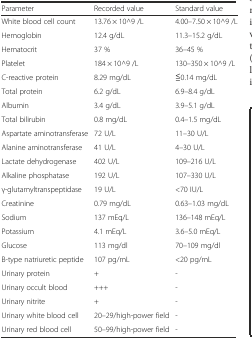
<table><thead><tr><td><b>Parameter</b></td><td><b>Recorded value</b></td><td><b>Standard value</b></td></tr></thead><tbody><tr><td>White blood cell count</td><td>13.76 × 10^9 /L</td><td>4.00–7.50 × 10^9 /L</td></tr><tr><td>Hemoglobin</td><td>12.4 g/dL</td><td>11.3–15.2 g/dL</td></tr><tr><td>Hematocrit</td><td>37 %</td><td>36–45 %</td></tr><tr><td>Platelet</td><td>184 × 10^9 /L</td><td>130–350 × 10^9 /L</td></tr><tr><td>C-reactive protein</td><td>8.29 mg/dL</td><td>≦0.14 mg/dL</td></tr><tr><td>Total protein</td><td>6.2 g/dL</td><td>6.9–8.4 g/dL</td></tr><tr><td>Albumin</td><td>3.4 g/dL</td><td>3.9–5.1 g/dL</td></tr><tr><td>Total bilirubin</td><td>0.8 mg/dL</td><td>0.4–1.5 mg/dL</td></tr><tr><td>Aspartate aminotransferase</td><td>72 U/L</td><td>11–30 U/L</td></tr><tr><td>Alanine aminotransferase</td><td>41 U/L</td><td>4–30 U/L</td></tr><tr><td>Lactate dehydrogenase</td><td>402 U/L</td><td>109–216 U/L</td></tr><tr><td>Alkaline phosphatase</td><td>192 U/L</td><td>107–330 U/L</td></tr><tr><td>γ-glutamyltranspeptidase</td><td>19 U/L</td><td>&lt;70 IU/L</td></tr><tr><td>Creatinine</td><td>0.79 mg/dL</td><td>0.63–1.03 mg/dL</td></tr><tr><td>Sodium</td><td>137 mEq/L</td><td>136–148 mEq/L</td></tr><tr><td>Potassium</td><td>4.1 mEq/L</td><td>3.6–5.0 mEq/L</td></tr><tr><td>Glucose</td><td>113 mg/dl</td><td>70–109 mg/dl</td></tr><tr><td>B-type natriuretic peptide</td><td>107 pg/mL</td><td>&lt;20 pg/mL</td></tr><tr><td>Urinary protein</td><td>+</td><td>-</td></tr><tr><td>Urinary occult blood</td><td>+++</td><td>-</td></tr><tr><td>Urinary nitrite</td><td>+</td><td>-</td></tr><tr><td>Urinary white blood cell</td><td>20–29/high-power field</td><td>-</td></tr><tr><td>Urinary red blood cell</td><td>50–99/high-power field</td><td>-</td></tr></tbody></table>